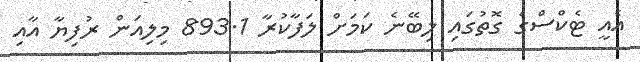
އެއީ ޓެކްސްގެ ގޮތުގައި ލިބޭނެ ކަމަށް ލަފާކުރާ 893.1 މިލިއަން ރުފިޔާ އާއި